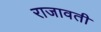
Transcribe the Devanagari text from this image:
राजावती